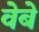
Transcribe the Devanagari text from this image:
वेबे